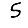
Digit: 5